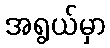
အရွယ်မှာ